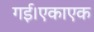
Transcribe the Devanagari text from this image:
गई।एकाएक